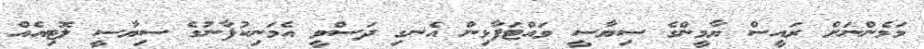
މަމެންނަށް ރައީސް ޔާމީންގެ ސިޔާސީ ވައްޓަފާޅިން އެނގި ދަސްވީ އެމަނިކުފާނުގެ ސިޔާސީ ލޮޓިއެއް